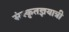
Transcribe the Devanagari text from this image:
संस्कृतज्ञयात्री